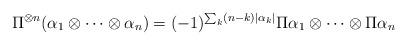
LaTeX: \begin{align*} \Pi^{\otimes n}(\alpha_1\otimes\cdots\otimes\alpha_n) = (-1)^{\sum_k(n-k)|\alpha_k|}\Pi\alpha_1\otimes\cdots\otimes\Pi\alpha_n\end{align*}